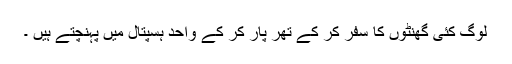
لوگ کئی گھنٹوں کا سفر کر کے تھر پار کر کے واحد ہسپتال میں پہنچتے ہیں ۔